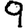
Digit: 9